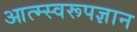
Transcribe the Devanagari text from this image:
आत्म्स्वरूपज्ञान